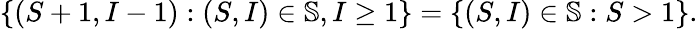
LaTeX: \{ (S+1,I-1):(S,I)\in\mathbb{S},I\geq 1\} =\{ (S,I)\in\mathbb{S}:S>1\} .